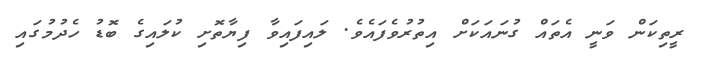
ރީތިކަން ވަނީ އެތައް ގުނައަކަށް އިތުރުވެފައެވެ. ލައިފައިވާ ފިޔާތޮށި ކުލައިގެ ބޮޑު ހެދުމުގައި